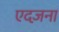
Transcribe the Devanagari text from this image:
एदज़ना